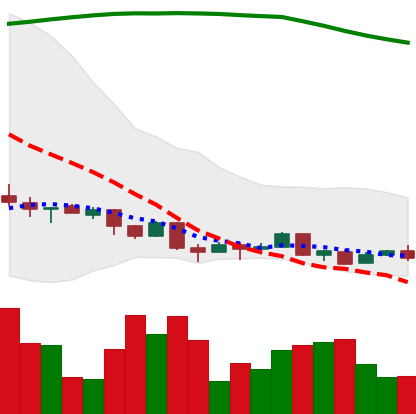
Ticker: XMR-USD
Chart end date: 2018-04-09
Forward return: 13.982%
Label: up_7plus